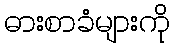
ဓားစာခံများကို